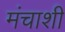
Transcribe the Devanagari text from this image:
मंचाशी